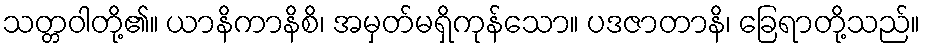
သတ္တဝါတို့၏။ ယာနိကာနိစိ၊ အမှတ်မရှိကုန်သော။ ပဒဇာတာနိ၊ ခြေရာတို့သည်။